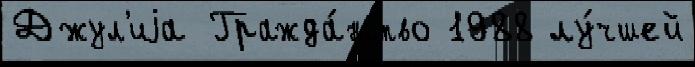
Джул'иjа Гражда́нство 1988 лу́чшей